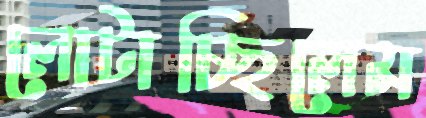
লোটাচ্ছিলেম